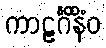
ကာဠင်္ဂိနိံဝ